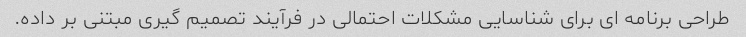
طراحی برنامه ای برای شناسایی مشکلات احتمالی در فرآیند تصمیم گیری مبتنی بر داده.